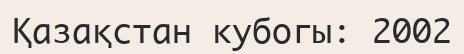
Қазақстан кубогы: 2002